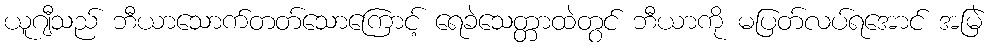
ယူဂျီသည် ဘီယာသောက်တတ်သောကြောင့် ရေခဲသေတ္တာထဲတွင် ဘီယာကို မပြတ်လပ်ရအောင် အမြဲ